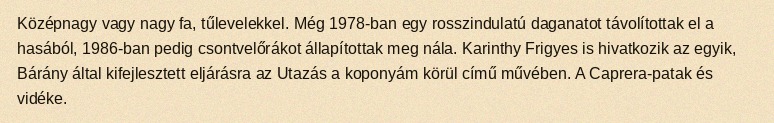
Középnagy vagy nagy fa, tűlevelekkel. Még 1978-ban egy rosszindulatú daganatot távolítottak el a hasából, 1986-ban pedig csontvelőrákot állapítottak meg nála. Karinthy Frigyes is hivatkozik az egyik, Bárány által kifejlesztett eljárásra az Utazás a koponyám körül című művében. A Caprera-patak és vidéke.